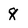
Character: 8